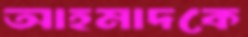
আহমাদকে